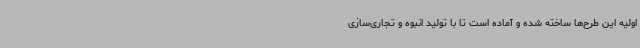
اولیه این طرح‌ها ساخته شده و آماده است تا با تولید انبوه و تجاری‌سازی